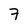
Character: 7